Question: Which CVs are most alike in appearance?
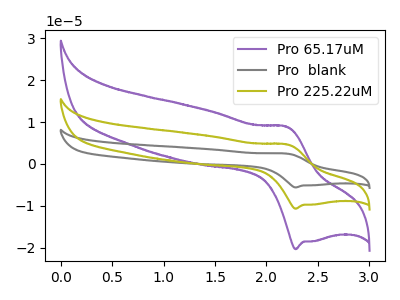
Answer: <think>The purple curve "Pro 65.17uM" has an anodic peak at (2.20V, 8.90uA) and a cathodic peak at (2.30V, -20.40uA). The gray curve "Pro  blank" has an anodic peak at (2.20V, 9.35uA) and a cathodic peak at (2.30V, -21.45uA). The olive curve "Pro 225.22uM" has an anodic peak at (2.20V, 4.65uA) and a cathodic peak at (2.30V, -10.70uA).
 All the peaks in "Pro 65.17uM" have a peak in "Pro  blank" at the same potential. Every peak in "Pro 65.17uM" is lower than every peak in "Pro  blank". All the peaks in "Pro 65.17uM" have a peak in "Pro 225.22uM" at the same potential. Every peak in "Pro 65.17uM" is higher than every peak in "Pro 225.22uM". All the peaks in "Pro  blank" have a peak in "Pro 225.22uM" at the same potential. Every peak in "Pro  blank" is higher than every peak in "Pro 225.22uM".</think>
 <answer>"Pro 65.17uM", "Pro  blank" and "Pro 225.22uM" have the same shape and are likely CV's of the same chemical.</answer>
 <eval>"Pro 65.17uM" "Pro  blank" "Pro 225.22uM"</eval>